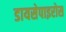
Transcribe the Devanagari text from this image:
डायसेपाइरोस